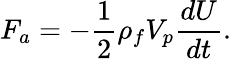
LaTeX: F_{a}=-\frac{1}{2}\rho_{f}V_{p}\frac{dU}{dt}.